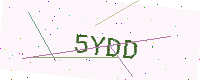
Text: 5YDD